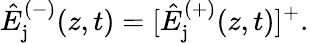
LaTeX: \hat{E}_{\mathrm{j}}^{(-)}(z,t)=[\hat{E}_{\mathrm{j}}^{(+)}(z,t)]^{+}.